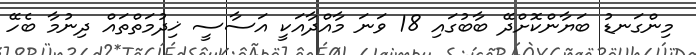
މިންގަނޑު ބަޔާންކޮށްދޭ ބާބުގައި 18 ވަނަ މާއްދާއަކީ އަސާސީ ޚިދުމަތްތައް ދިނުމާ ބެހޭ